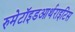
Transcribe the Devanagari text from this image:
रुमेटॉइडआर्थराइटिस